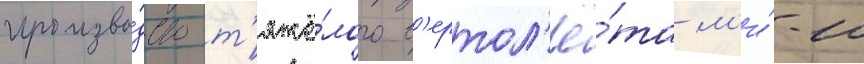
произво́дство т'яжё́лого в'ертол'ё́та м'и́-10